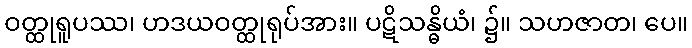
ဝတ္ထုရူပဿ၊ ဟဒယဝတ္ထုရုပ်အား။ ပဋိသန္ဓိယံ၊ ၌။ သဟဇာတ၊ ပေ။